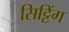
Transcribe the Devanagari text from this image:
सिट्टिंग